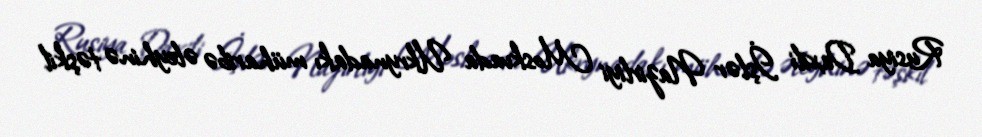
Rusiya Daxili İşlər Nazirliyi Moskvada Ukrynadakı müharibə əleyhinə təşkil